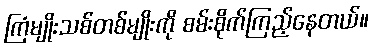
ကြံမျိုးသစ်တစ်မျိုးကို စမ်းစိုက်ကြည့်နေတယ်။